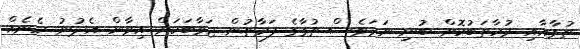
ތުގާއާއި މުހާތަބުކޮށް ބުނި ނަމަވެސް ތުގާގެ ފަރާތުން ޖަވާބަކަށް އިވާން އެދުނު ހެނެއް